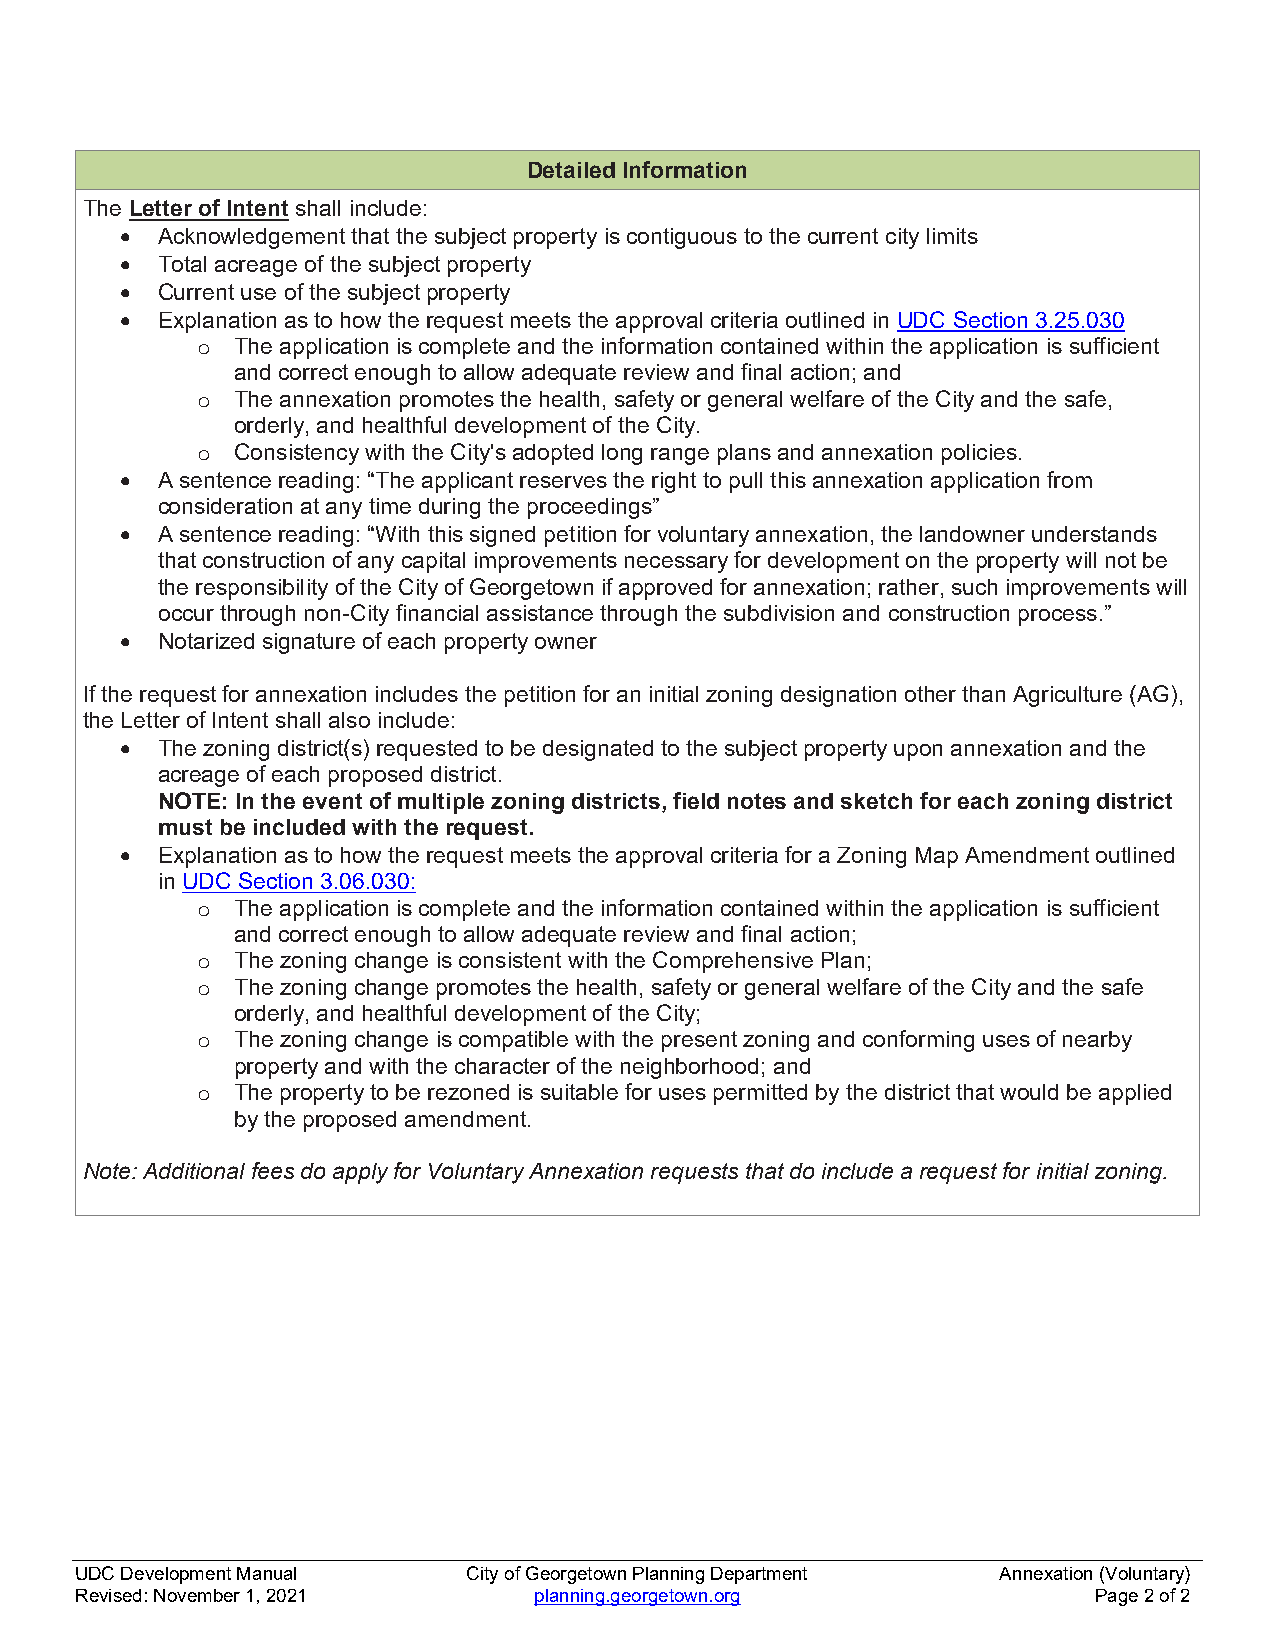
Detailed Information
 The Letter of Intent shall include:
  Acknowledgement that the subject property is contiguous to the current city limits
  Total acreage of the subject property
  Current use of the subject property
  Explanation as to how the request meets the approval criteria outlined in UDC Section 3.25.030
 o  The application is complete and the information contained within the application is sufficient
 and correct enough to allow adequate review and final action; and
 o  The annexation promotes the health, safety or general welfare of the City and the safe,
 orderly, and healthful development of the City.
 o  Consistency with the City's adopted long range plans and annexation policies.
  A sentence reading: “The applicant reserves the right to pull this annexation application from
 consideration at any time during the proceedings”
  A sentence reading: “With this signed petition for voluntary annexation, the landowner understands
 that construction of any capital improvements necessary for development on the property will not be
 the responsibility of the City of Georgetown if approved for annexation; rather, such improvements will
 occur through non-City financial assistance through the subdivision and construction process.”
  Notarized signature of each property owner
 If the request for annexation includes the petition for an initial zoning designation other than Agriculture (AG),
 the Letter of Intent shall also include:
  The zoning district(s) requested to be designated to the subject property upon annexation and the
 acreage of each proposed district.
 NOTE: In the event of multiple zoning districts, field notes and sketch for each zoning district
 must be included with the request.
  Explanation as to how the request meets the approval criteria for a Zoning Map Amendment outlined
 in UDC Section 3.06.030:
 o  The application is complete and the information contained within the application is sufficient
 and correct enough to allow adequate review and final action;
 o  The zoning change is consistent with the Comprehensive Plan;
 o  The zoning change promotes the health, safety or general welfare of the City and the safe
 orderly, and healthful development of the City;
 o  The zoning change is compatible with the present zoning and conforming uses of nearby
 property and with the character of the neighborhood; and
 o  The property to be rezoned is suitable for uses permitted by the district that would be applied
 by the proposed amendment.
 Note: Additional fees do apply for Voluntary Annexation requests that do include a request for initial zoning.
 UDC Development Manual    City of Georgetown Planning Department Annexation (Voluntary)
 Revised: November 1, 2021     planning.georgetown.org              Page 2 of 2